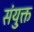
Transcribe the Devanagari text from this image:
संयुक्त़